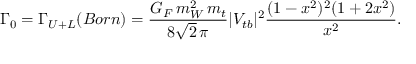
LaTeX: \Gamma _ { 0 } = \Gamma _ { U + L } ( B o r n ) = \frac { G _ { F } \, m _ { W } ^ { 2 } \, m _ { t } } { 8 \sqrt { 2 } \, \pi } | V _ { t b } | ^ { 2 } \frac { ( 1 - x ^ { 2 } ) ^ { 2 } ( 1 + 2 x ^ { 2 } ) } { x ^ { 2 } } .